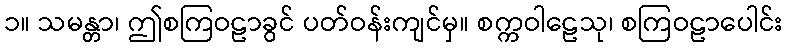
၁။ သမန္တာ၊ ဤစကြဝဠာခွင် ပတ်ဝန်းကျင်မှ။ စက္ကဝါဠေသု၊ စကြဝဠာပေါင်း